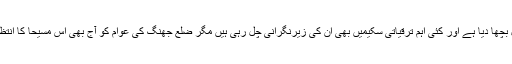
اب موجود ڈی سی او جھنگ نادر چٹھہ نے پورے شہر کے روڈ وںپرکارپٹ کا جال بچھا دیا ہے اور کئی اہم ترقیاتی سکیمیں بھی ان کی زیرنگرانی چل رہی ہیں مگر ضلع جھنگ کی عوام کو آج بھی اس مسیحا کا انتظار ہے جو ایوب چوک سے تمام بس سٹینڈوں کوختم کرکے لاڑی اڈاکو بحال کریگا ۔